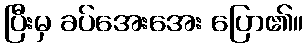
ပြီးမှ ခပ်အေးအေး ပြော၏။